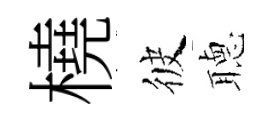
橈彼𦗟